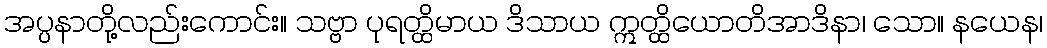
အပ္ပနာတို့လည်းကောင်း။ သဗ္ဗာ ပုရတ္ထိမာယ ဒိသာယ ဣတ္ထိယောတိအာဒိနာ၊ သော။ နယေန၊